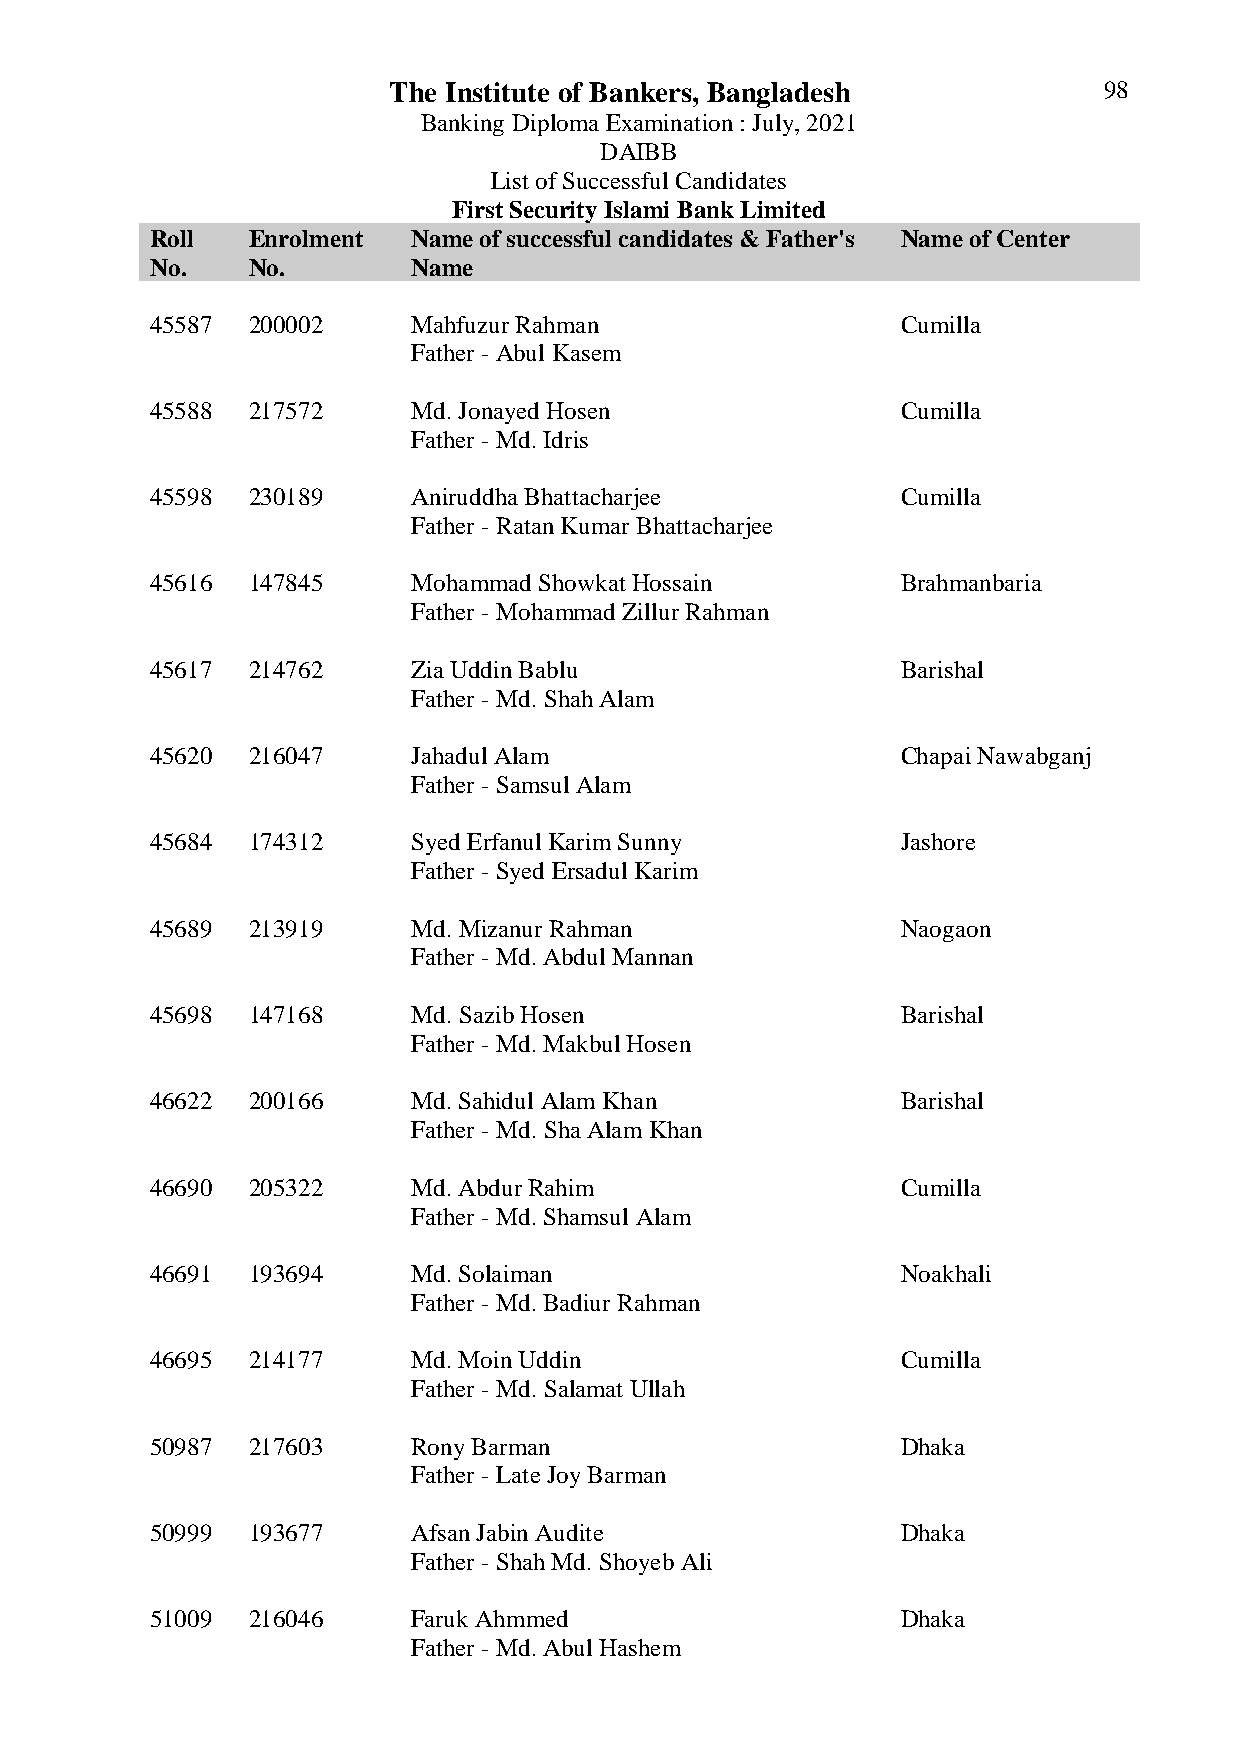
The Institute of Bankers, Bangladesh           98
 Banking Diploma Examination : July, 2021
 DAIBB
 List of Successful Candidates
 First Security Islami Bank Limited
 Roll  Enrolment  Name of successful candidates & Father's Name of Center
 No.   No.        Name
 45587 200002     Mahfuzur Rahman                  Cumilla
 Father - Abul Kasem
 45588 217572     Md. Jonayed Hosen                Cumilla
 Father - Md. Idris
 45598 230189     Aniruddha Bhattacharjee          Cumilla
 Father - Ratan Kumar Bhattacharjee
 45616 147845     Mohammad Showkat Hossain         Brahmanbaria
 Father - Mohammad Zillur Rahman
 45617 214762     Zia Uddin Bablu                  Barishal
 Father - Md. Shah Alam
 45620 216047     Jahadul Alam                     Chapai Nawabganj
 Father - Samsul Alam
 45684 174312     Syed Erfanul Karim Sunny         Jashore
 Father - Syed Ersadul Karim
 45689 213919     Md. Mizanur Rahman               Naogaon
 Father - Md. Abdul Mannan
 45698 147168     Md. Sazib Hosen                  Barishal
 Father - Md. Makbul Hosen
 46622 200166     Md. Sahidul Alam Khan            Barishal
 Father - Md. Sha Alam Khan
 46690 205322     Md. Abdur Rahim                  Cumilla
 Father - Md. Shamsul Alam
 46691 193694     Md. Solaiman                     Noakhali
 Father - Md. Badiur Rahman
 46695 214177     Md. Moin Uddin                   Cumilla
 Father - Md. Salamat Ullah
 50987 217603     Rony Barman                      Dhaka
 Father - Late Joy Barman
 50999 193677     Afsan Jabin Audite               Dhaka
 Father - Shah Md. Shoyeb Ali
 51009 216046     Faruk Ahmmed                     Dhaka
 Father - Md. Abul Hashem